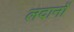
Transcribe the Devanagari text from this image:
लदानों